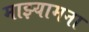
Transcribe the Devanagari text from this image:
माझ्यामना